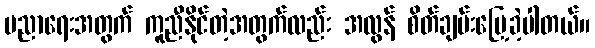
ပညာရေးအတွက် ကူညီနိုင်တဲ့အတွက်လည်း အလွန် စိတ်ချမ်းမြေ့ခဲ့ပါတယ်။